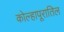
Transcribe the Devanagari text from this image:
कोल्हापूरातिल